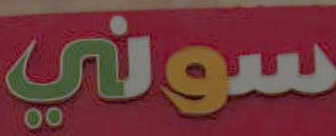
سوني